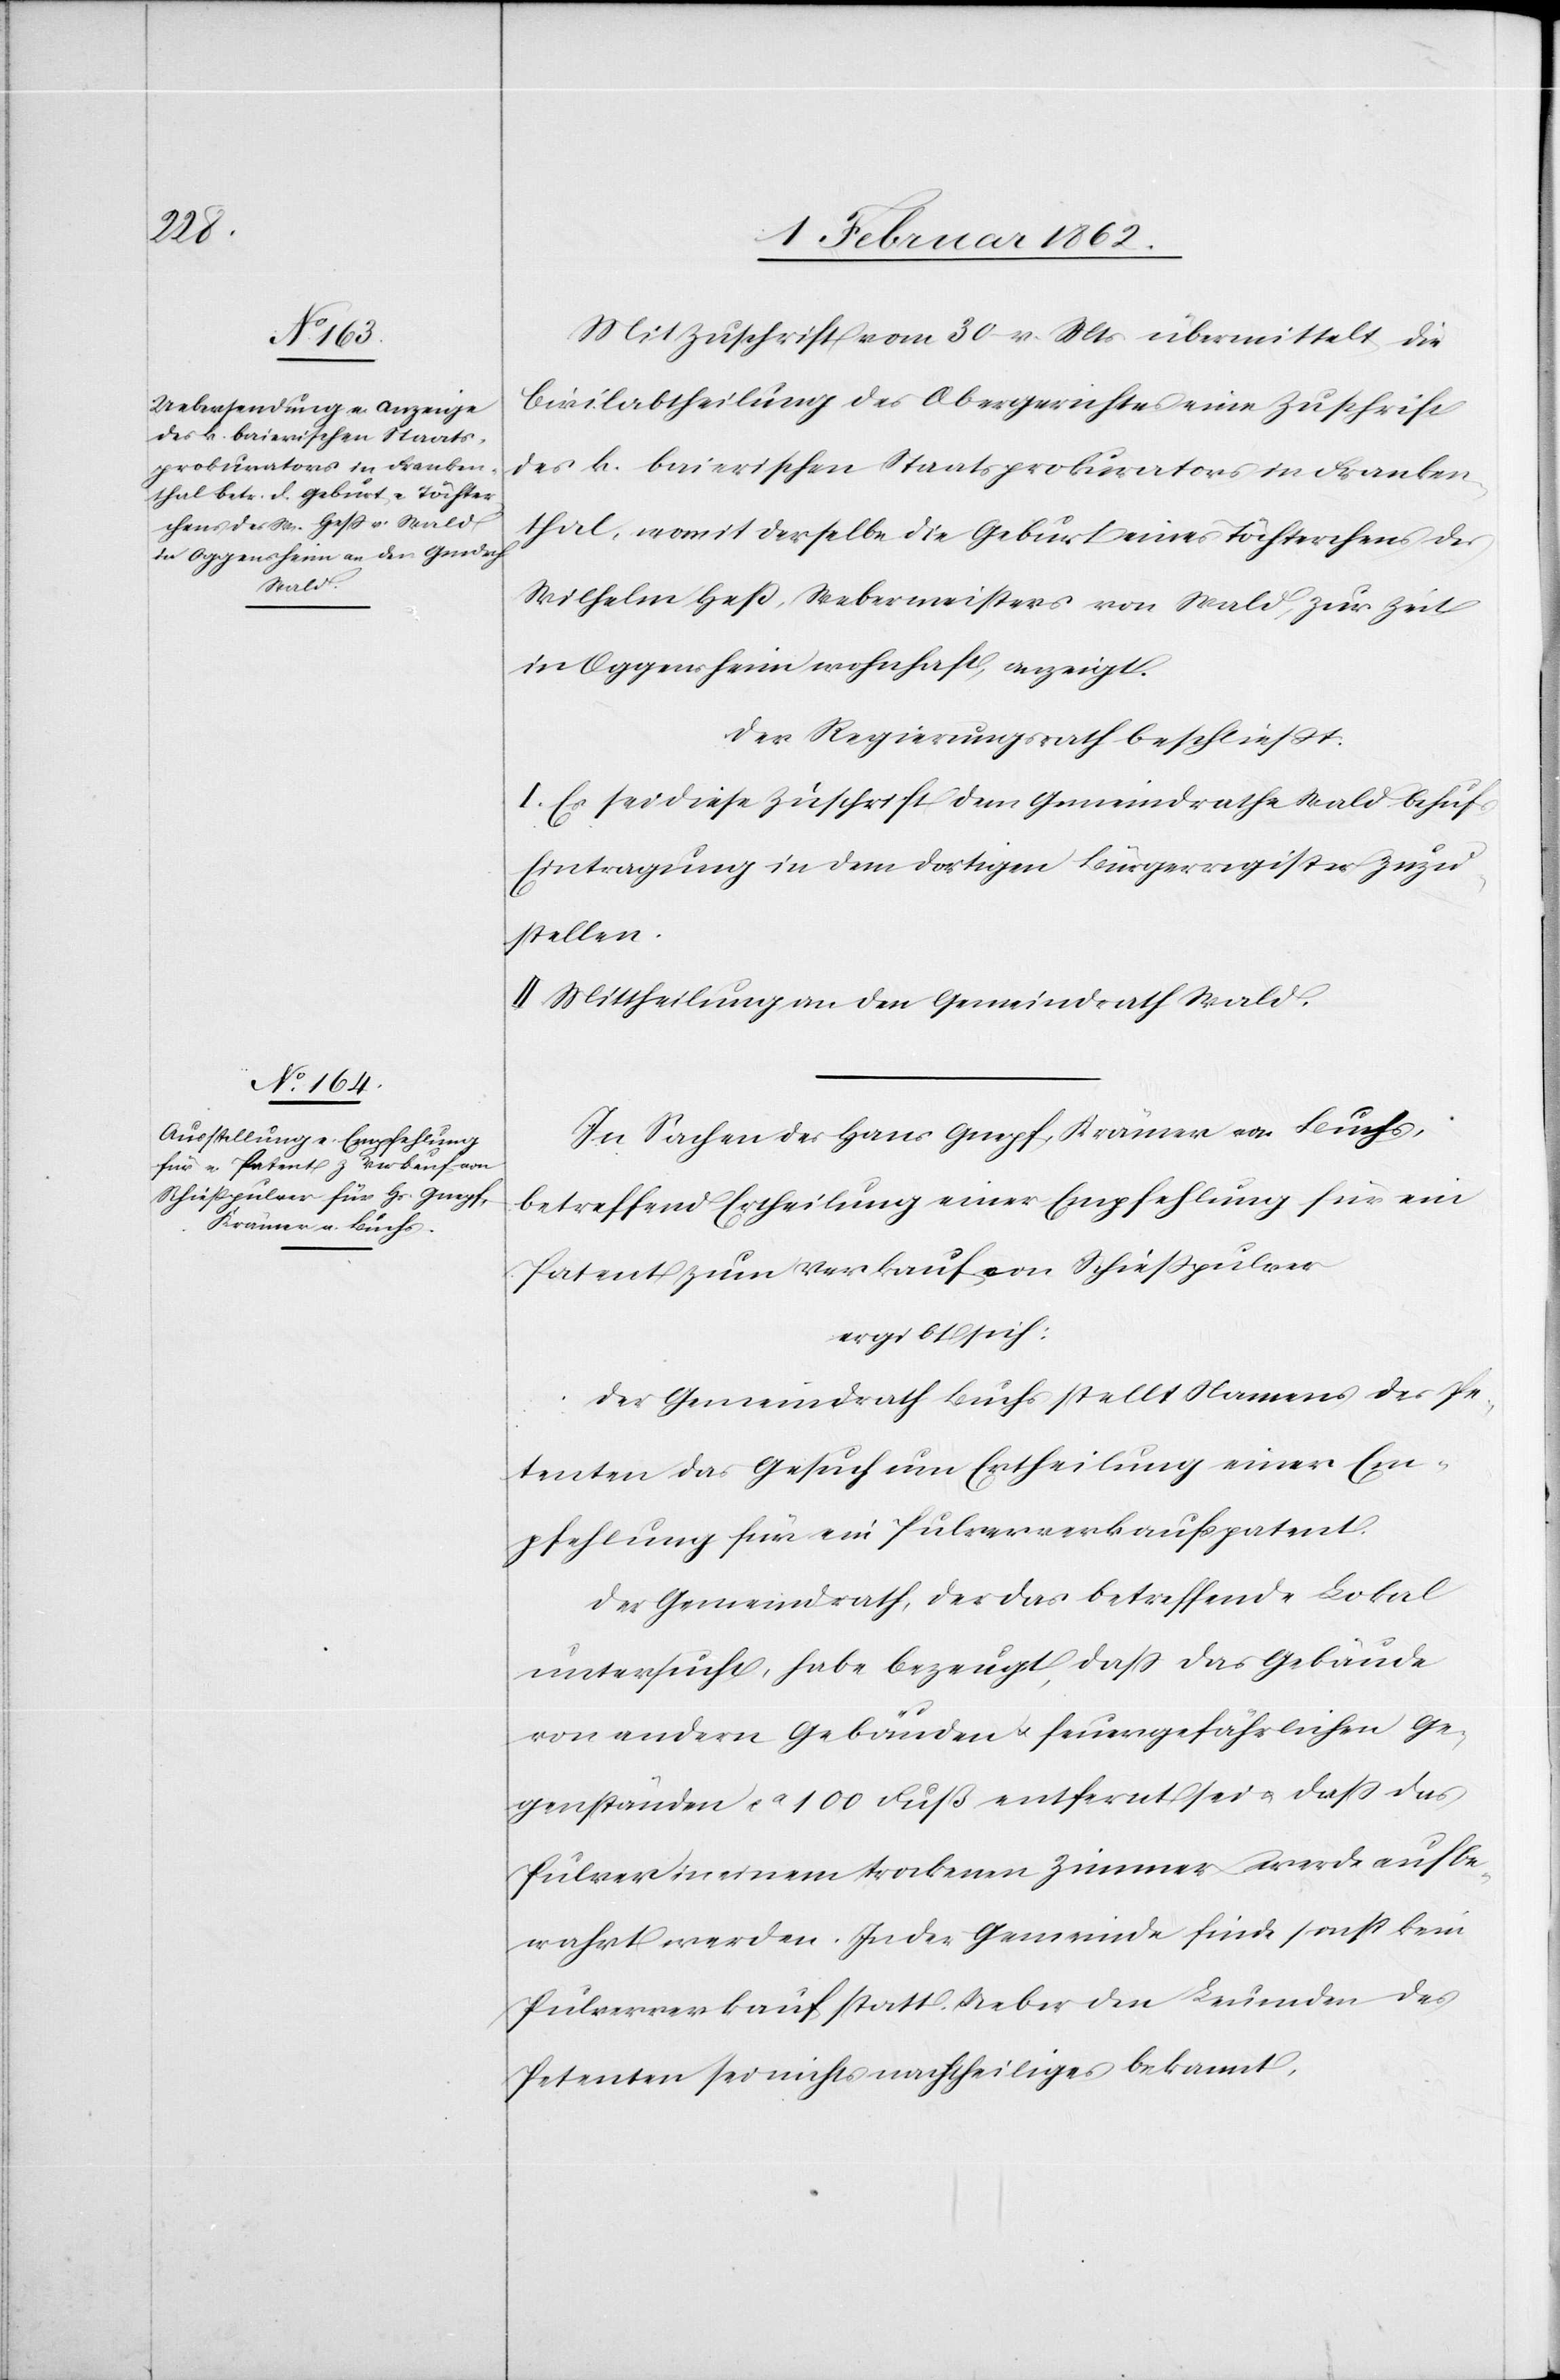
Mit Zuschrift vom 30 v. Mts übermittelt die
Civilabtheilung des Obergerichtes eine Zuschrift
des k. baierischen Staatsprokurators in Franken¬
thal, womit derselbe die Geburt eines Töchterchens des
Wilhelm Heß, Webermeisters von Wald, zur Zeit
in Oggensheim wohnhaft, anzeigt.
Der Regierungsrath beschließt:
I. Es sei diese Zuschrift dem Gemeindrathe Wald behufs
Eintragung in dem dortigen Bürgerregister zuzu¬
stellen.
II. Mittheilung an den Gemeindrath Wald.
In Sachen des Hans Gnepf, Krämer von Buchs,
betreffend Ertheilung einer Empfehlung für ein
Patent zum Verkauf von Schießpulver
ergibt sich:
Der Gemeindrath Buchs stellt Namens des Pe¬
tenten das Gesuch um Ertheilung einer Em¬
pfehlung für ein Pulververkaufspatent.
Der Gemeindrath, der das betreffende Lokal
untersucht, habe bezeugt, daß das Gebäude
von andern Gebäuden u. feuergefährlichen Ge¬
genständen ca 100 Fuß entfernt sei u. daß das
Pulver in einem trockenen Zimmer werde aufbe¬
wahrt werden. In der Gemeinde finde sonst kein
Pulververkauf statt. Ueber den Leumden des
Petenten sei nichts nachtheiliges bekannt.